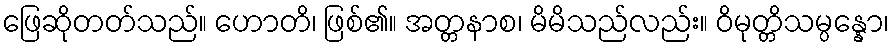
ဖြေဆိုတတ်သည်။ ဟောတိ၊ ဖြစ်၏။ အတ္တနာစ၊ မိမိသည်လည်း။ ဝိမုတ္တိသမ္ပန္နော၊